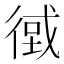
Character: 𢕂